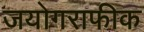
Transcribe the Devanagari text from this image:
जयोगराफीक